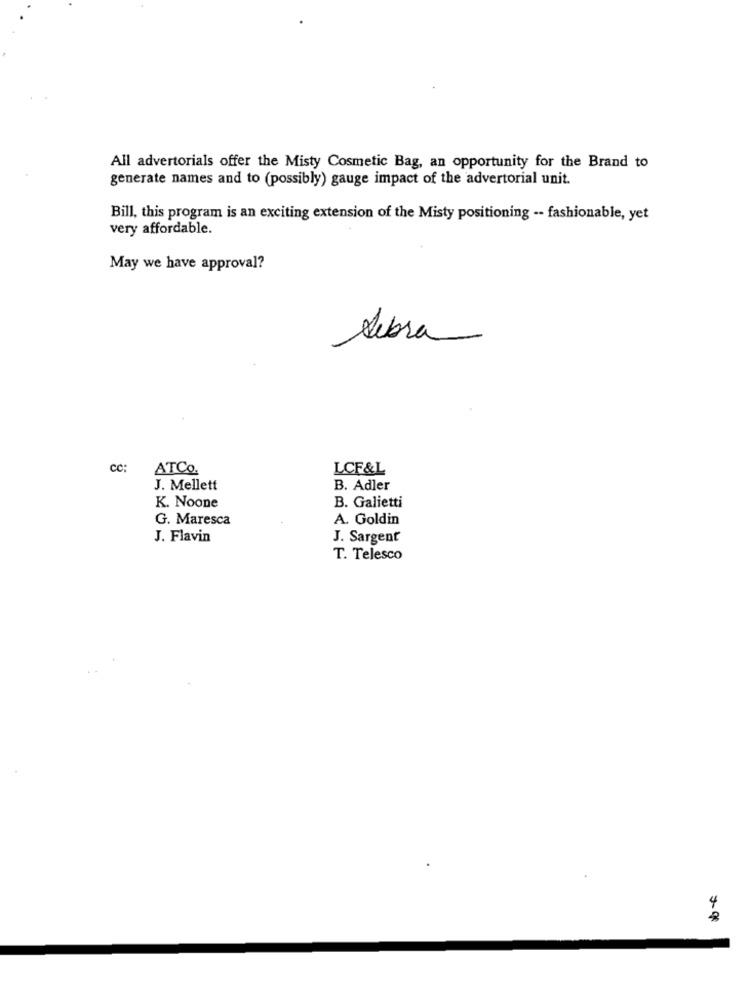
All advertorials offer the Misty Cosmetic Bag, an opportunity for the Brand to
generate names and to (possibly) gauge impact of the advertorial unit.
Bill, this program is an exciting extension of the Misty positioning -- fashionable, yet
very affordable.
May we have approval?
Sebra
cc:
ATCO.
LCF&L
J. Mellett
B. Adler
K. Noone
B. Galietti
G. Maresca
A. Goldin
J. Flavin
J. Sargent
T. Telesco
4